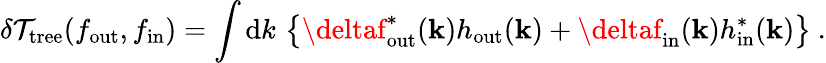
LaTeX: \delta\mathcal{T}_{\mathrm{{tree}}}(f_{\mathrm{{out}}},f_{\mathrm{{in}}})=\int\mathrm{{d}}k\, \left\{ \deltaf_{\mathrm{{out}}}^{*}({\mathbf{k}})h_{\mathrm{{out}}}({\mathbf{k}})+\deltaf_{\mathrm{{in}}}({\mathbf{k}})h_{\mathrm{{in}}}^{*}({\mathbf{k}})\right\} \ .